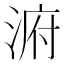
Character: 𱧀